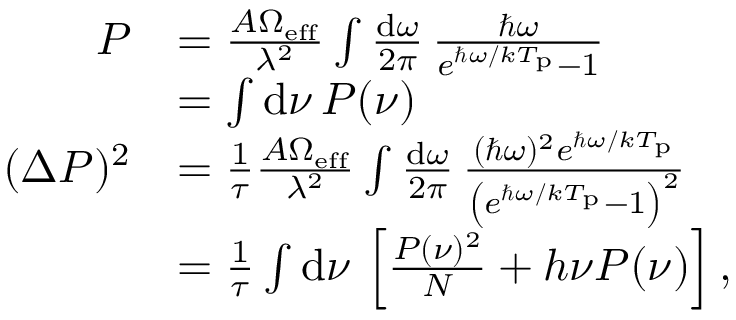
\begin{array} { r l } { P } & { = \frac { A \Omega _ { \mathrm { e f f } } } { \lambda ^ { 2 } } \int \frac { \mathrm { d } \omega } { 2 \pi } \, \frac { \hbar \omega } { e ^ { \hbar \omega / k T _ { \mathrm { p } } } - 1 } } \\ & { = \int \mathrm { d } \nu \, P ( \nu ) } \\ { ( \Delta P ) ^ { 2 } } & { = \frac { 1 } { \tau } \frac { A \Omega _ { \mathrm { e f f } } } { \lambda ^ { 2 } } \int \frac { \mathrm { d } \omega } { 2 \pi } \, \frac { ( \hbar \omega ) ^ { 2 } e ^ { \hbar \omega / k T _ { \mathrm { p } } } } { \left( e ^ { \hbar \omega / k T _ { \mathrm { p } } } - 1 \right) ^ { 2 } } } \\ & { = \frac { 1 } { \tau } \int \mathrm { d } \nu \, \left[ \frac { P ( \nu ) ^ { 2 } } { N } + h \nu P ( \nu ) \right] , } \end{array}